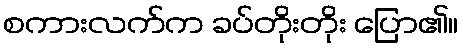
စကားလက်က ခပ်တိုးတိုး ပြော၏။